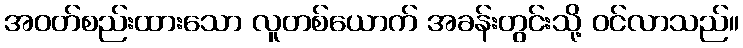
အဝတ်စည်းထားသော လူတစ်ယောက် အခန်းတွင်းသို့ ဝင်လာသည်။